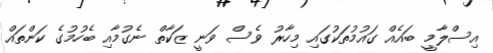
އިސްލާމީ ބައެއް ގައުމުތަކުގައި މިހާރު ވެސް ވަނީ ޒަކާތް ނެގުމާއި ބެހުމުގެ ކަންތައް